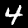
Label: 4